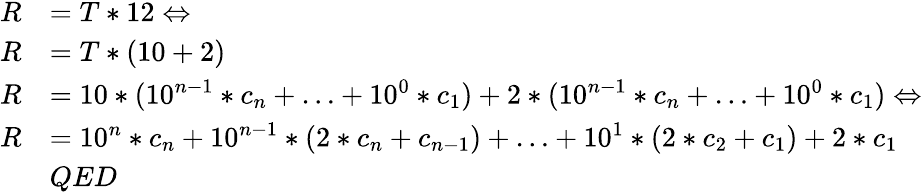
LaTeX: {\begin{array}{rl}{R}&{=T*12\Leftrightarrow}\\ {R}&{=T*(10+2)}\\ {R}&{=10*(10^{n-1}*c_{n}+\ldots+10^{0}*c_{1})+2*(10^{n-1}*c_{n}+\ldots+10^{0}*c_{1})\Leftrightarrow}\\ {R}&{=10^{n}*c_{n}+10^{n-1}*(2*c_{n}+c_{n-1})+\ldots+10^{1}*(2*c_{2}+c_{1})+2*c_{1}}\\ &{QED}\end{array}}